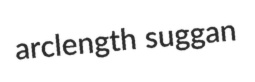
arclength suggan